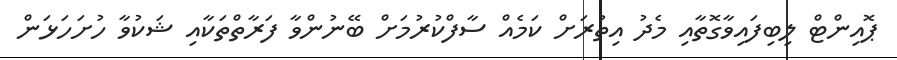
ޕޮއިންޓް ލިބިފައިވާގޮތާއި މެދު އިތުރަށް ކަމެއް ސާފްކުރުމަށް ބޭނުންވާ ފަރާތްތަކާއި ޝަކުވާ ހުށަހަޅަން